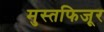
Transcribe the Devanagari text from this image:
मुस्तफिजूर